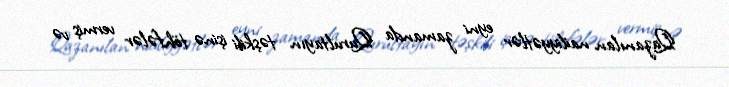
Qazanılan nailiyyətlər eyni zamanda Qurultayın təşkili işinə töhfələr vermiş və